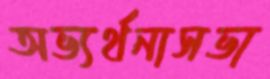
অভ্যর্থনাসভা